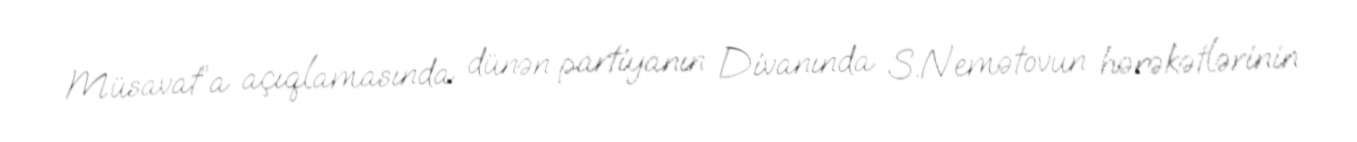
Müsavat”a açıqlamasında dünən partiyanın Divanında S.Nemətovun hərəkətlərinin